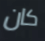
كان